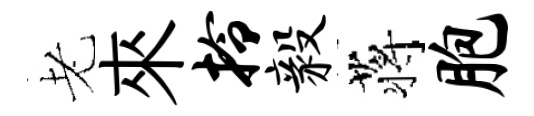
老來拎毅蒋胞